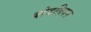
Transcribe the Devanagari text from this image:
बोडलियन